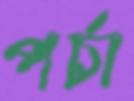
পর্চা